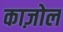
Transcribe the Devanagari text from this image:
काज़ोल